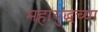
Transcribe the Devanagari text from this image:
महायुद्धच्या